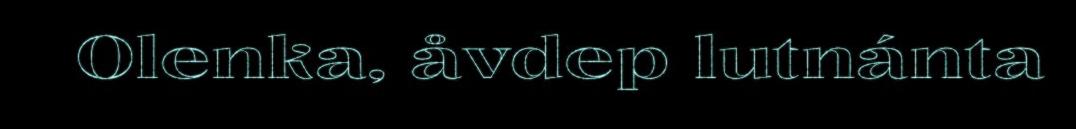
Olenka, åvdep lutnánta